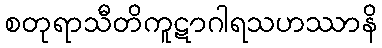
စတုရာသီတိကူဋာဂါရသဟဿာနိ